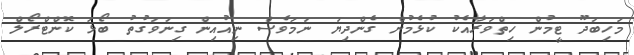
މަހިބަދޫ ޓީމުން ހިތްވަރާއެކު ކުޅެމުން ގެންދިޔަ ނަމަވެސް ނިއުއިން ގިނަވަގުތު ބޯޅަ ކޮންޓްރޯލް